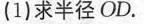
(1)求半径OD.